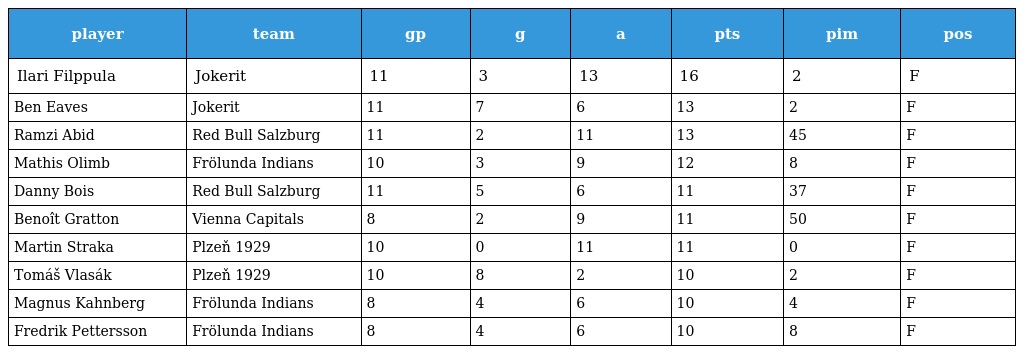
| player | team | gp | g | a | pts | pim | pos |
 | --- | --- | --- | --- | --- | --- | --- | --- |
 | Ilari Filppula | Jokerit | 11 | 3 | 13 | 16 | 2 | F |
 | Ben Eaves | Jokerit | 11 | 7 | 6 | 13 | 2 | F |
 | Ramzi Abid | Red Bull Salzburg | 11 | 2 | 11 | 13 | 45 | F |
 | Mathis Olimb | Frölunda Indians | 10 | 3 | 9 | 12 | 8 | F |
 | Danny Bois | Red Bull Salzburg | 11 | 5 | 6 | 11 | 37 | F |
 | Benoît Gratton | Vienna Capitals | 8 | 2 | 9 | 11 | 50 | F |
 | Martin Straka | Plzeň 1929 | 10 | 0 | 11 | 11 | 0 | F |
 | Tomáš Vlasák | Plzeň 1929 | 10 | 8 | 2 | 10 | 2 | F |
 | Magnus Kahnberg | Frölunda Indians | 8 | 4 | 6 | 10 | 4 | F |
 | Fredrik Pettersson | Frölunda Indians | 8 | 4 | 6 | 10 | 8 | F |